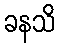
ခနသိ